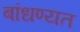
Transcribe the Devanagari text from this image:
बांधण्यत